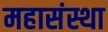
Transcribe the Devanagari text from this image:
महासंस्था